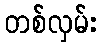
တစ်လှမ်း